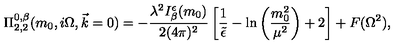
\Pi _ { 2 , 2 } ^ { 0 , \beta } ( m _ { 0 } , i \Omega , \vec { k } = 0 ) = - \frac { \lambda ^ { 2 } I _ { \beta } ^ { \epsilon } ( m _ { 0 } ) } { 2 ( 4 \pi ) ^ { 2 } } \left[ \frac { 1 } { \tilde { \epsilon } } - \ln \left( \frac { m _ { 0 } ^ { 2 } } { \mu ^ { 2 } } \right) + 2 \right] + F ( \Omega ^ { 2 } ) ,